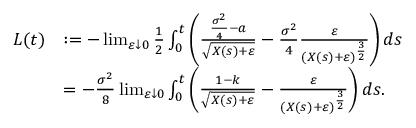
\begin{array} { r l } { L ( t ) } & { : = - \operatorname* { l i m } _ { \varepsilon \downarrow 0 } \frac { 1 } { 2 } \int _ { 0 } ^ { t } \left( \frac { \frac { \sigma ^ { 2 } } { 4 } - a } { \sqrt { X ( s ) + \varepsilon } } - \frac { \sigma ^ { 2 } } { 4 } \frac { \varepsilon } { ( X ( s ) + \varepsilon ) ^ { \frac { 3 } { 2 } } } \right) d s } \\ & { = - \frac { \sigma ^ { 2 } } { 8 } \operatorname* { l i m } _ { \varepsilon \downarrow 0 } \int _ { 0 } ^ { t } \left( \frac { 1 - k } { \sqrt { X ( s ) + \varepsilon } } - \frac { \varepsilon } { \left( X ( s ) + \varepsilon \right) ^ { \frac { 3 } { 2 } } } \right) d s . } \end{array}